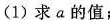
(1)求a的值；